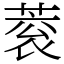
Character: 蓘